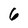
Character: 6